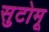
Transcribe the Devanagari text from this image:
सुटोमू